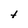
Character: t